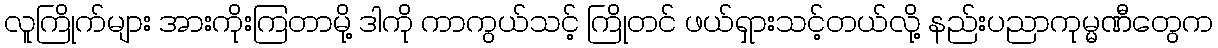
လူကြိုက်များ အားကိုးကြတာမို့ ဒါကို ကာကွယ်သင့် ကြိုတင် ဖယ်ရှားသင့်တယ်လို့ နည်းပညာကုမ္မဏီတွေက